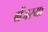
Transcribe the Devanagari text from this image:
ग्रेंजरया